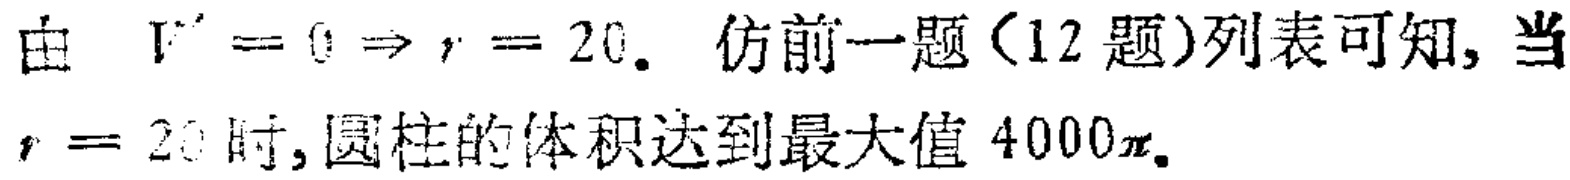
由 \(V' = 0 \Rightarrow r = 20\). 仿前一题（12 题）列表可知, 当 \(r = 20\) 时, 圆柱的体积达到最大值 \(4000\pi\).